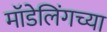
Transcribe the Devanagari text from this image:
मॉडेलिंगच्या